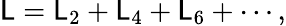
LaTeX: {\cal\mathsf{L}}={\cal\mathsf{L}}_{2}+{\cal\mathsf{L}}_{4}+{\cal\mathsf{L}}_{6}+\cdots,